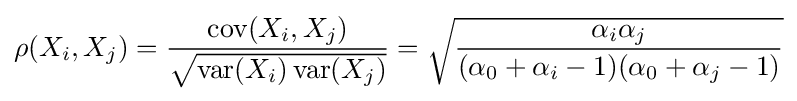
\rho (X_{i},X_{j})={\frac {\operatorname {cov} (X_{i},X_{j})}{\sqrt {\operatorname {var} (X_{i})\operatorname {var} (X_{j})}}}={\sqrt {\frac {\alpha _{i}\alpha _{j}}{(\alpha _{0}+\alpha _{i}-1)(\alpha _{0}+\alpha _{j}-1)}}}